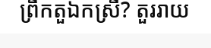
ព្រឹកតួឯកស្រី? តួររាយ